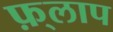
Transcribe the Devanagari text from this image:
फ़्लाप